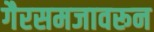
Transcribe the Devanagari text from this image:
गैरसमजावरून